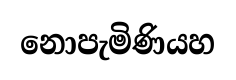
නොපැමිණියහ